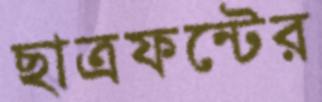
ছাত্রফন্টের